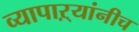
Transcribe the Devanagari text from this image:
व्यापाऱ्यांनीच